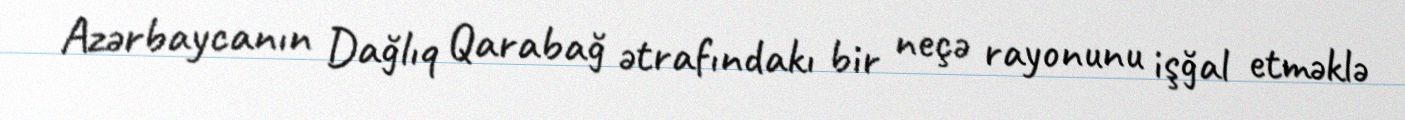
Azərbaycanın Dağlıq Qarabağ ətrafındakı bir neçə rayonunu işğal etməklə